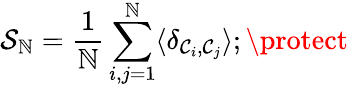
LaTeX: {\cal{S}}_{\mathbb{N}}={\frac{{1}}{{\mathbb{N}}}}\sum_{i,j=1}^{\mathbb{N}}\langle\delta_{{\cal{C}}_{i},{\cal{C}}_{j}}\rangle;\protect